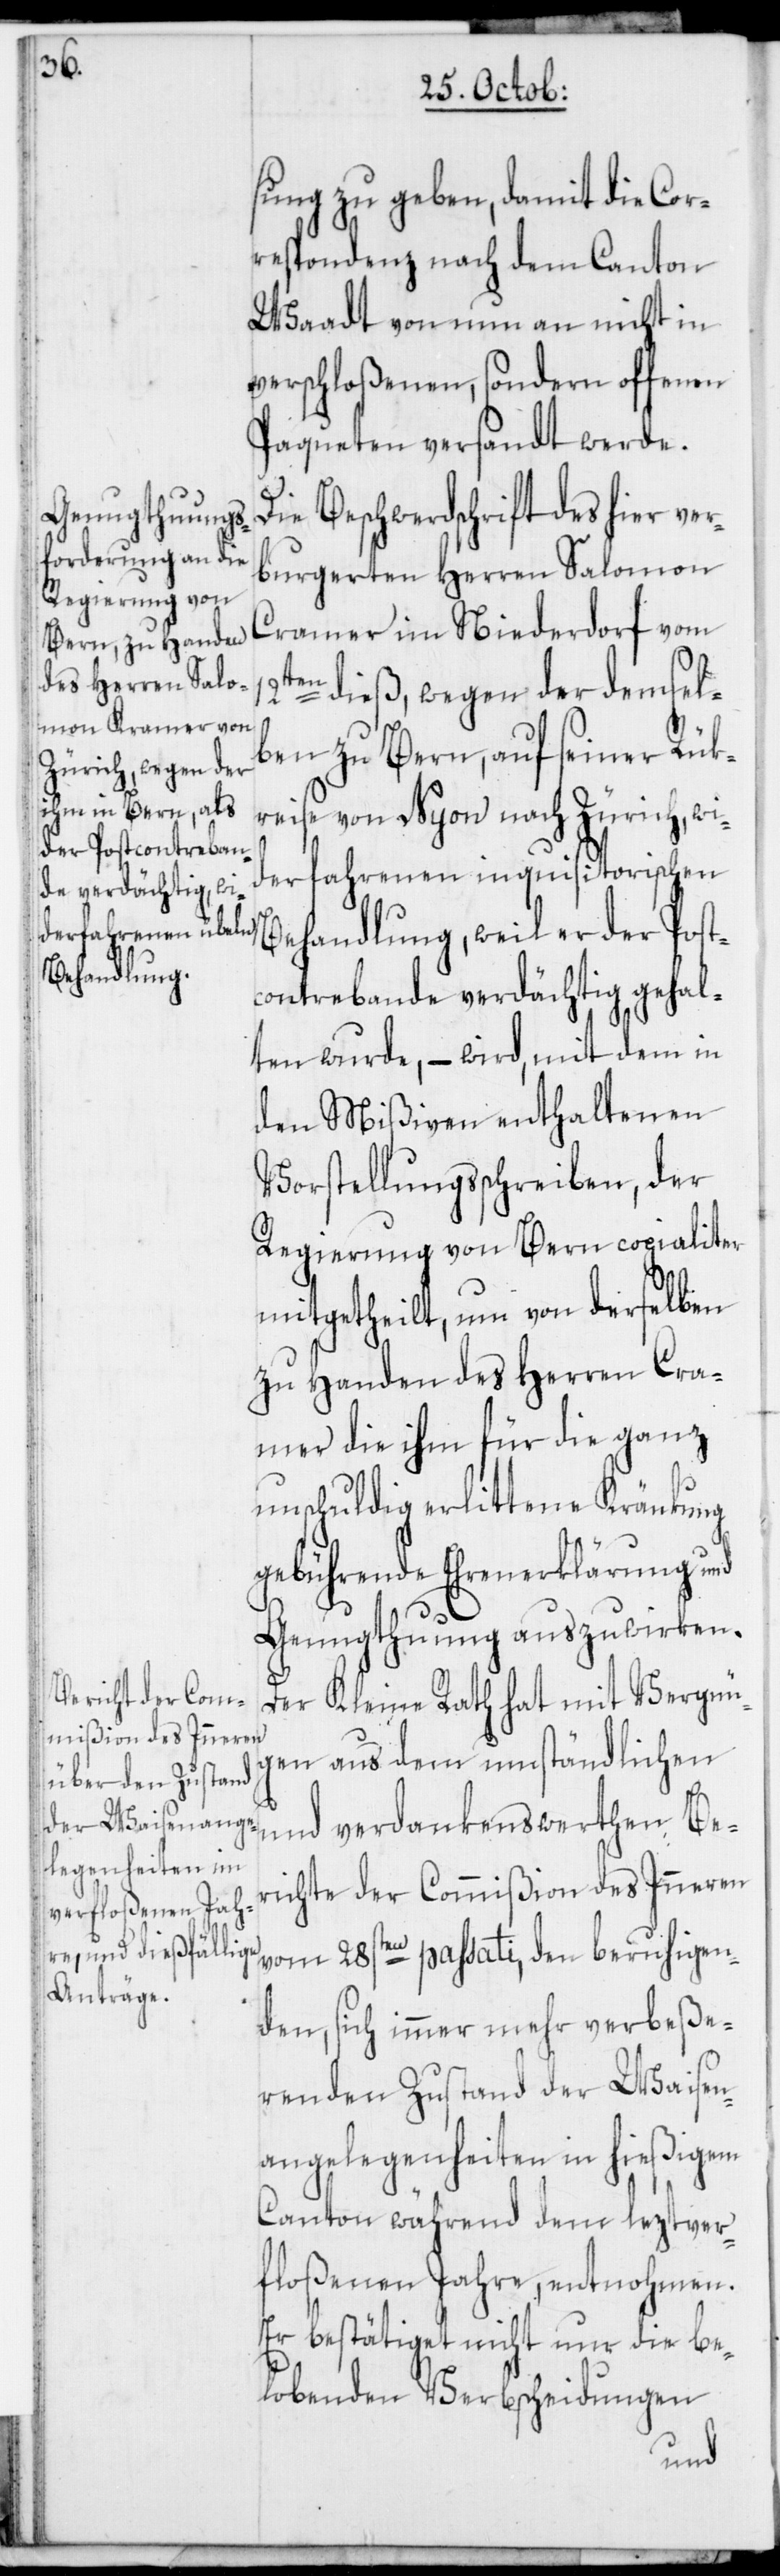
sung zu geben, damit die Cor¬
respondenz nach dem Canton
Waadt von nun an nicht in
verschloßenen, sondern offenen
Paqueten versandt werde.
Beschwerdschrift des hier ve¬
rburgerten Herren Salomon
Cramer im Niederdorf vom
dieß, wegen der demsel¬
ben zu Bern, auf seiner Rük¬
reise von Nyon nach Zürich, wi¬
derfahrenen inquisitorischen
Behandlung, weil er der Post¬
contrebande verdächtig gehal¬
ten wurde, – wird, mit dem in
den Mißiven enthaltenen
Vorstellungsschreiben, der
Regierung von Bern copialiter
mitgetheilt, um von derselben
zu Handen des Herren Cra¬
mer die ihm für die ganz
unschuldig erlittene Kränkung
gebührende Ehrenerklärung und
Genugthuung auszuwirken.
Der Kleine Rath hat mit Vergnü¬
gen aus dem umständlichen
und verdankenswerthen Be¬
richte der Commißion des Inneren
vom 28sten passati, den beruhigen¬
den, sich immer mehr verbeße¬
renden Zustand der Waisen¬
angelegenheiten in hießigem
Canton während dem leztver¬
floßenen Jahre, entnohmen.
Er bestätiget nicht nur die be¬
lobenden Verbscheidungen